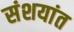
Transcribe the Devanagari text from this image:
संशयांत